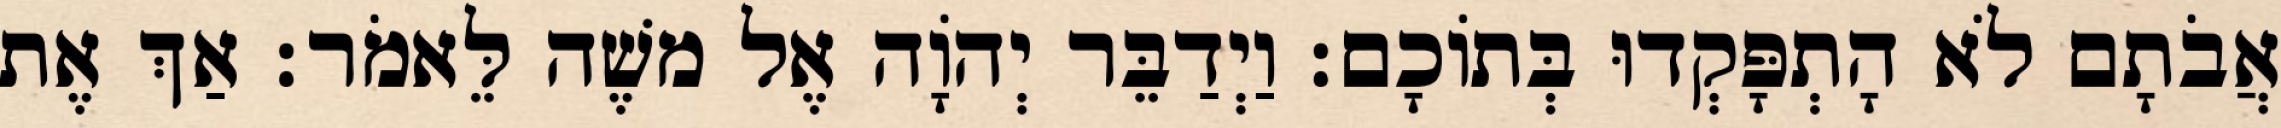
אֲבֹתָם לֹא הָתְפָּקְדוּ בְּתוֹכָם׃ וַיְדַבֵּר יְהוָֹה אֶל משֶׁה לֵּאמֹר׃ אַךְ אֶת